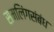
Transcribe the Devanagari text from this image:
समलिंगसंबंध